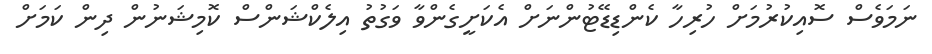
ނަމަވެސް ސޮއިކުރުމަށް ހުރިހާ ކެންޑިޑޭޓުންނަށް އެކަށީގެންވާ ވަގުތު އިލެކްޝަންސް ކޮމިޝަނުން ދިން ކަމަށް